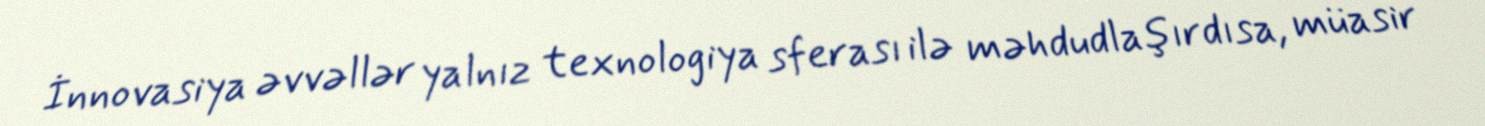
İnnovasiya əvvəllər yalnız texnologiya sferası ilə məhdudlaşırdısa, müasir